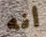
أنه